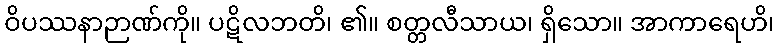
ဝိပဿနာဉာဏ်ကို။ ပဋိလဘတိ၊ ၏။ စတ္တလီသာယ၊ ရှိသော။ အာကာရေဟိ၊